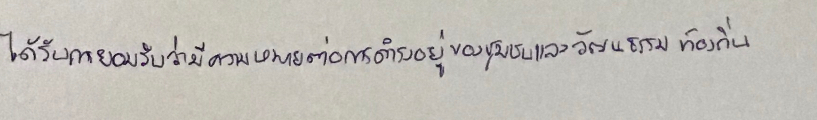
ได้รับการยอมรับว่ามีความหมายต่อการดำรงอยู่ของชุมชนและวัฒนธรรมท้องถิ่น